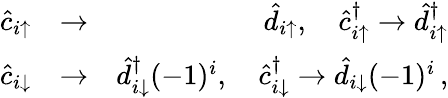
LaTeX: \begin{array}{rlr}{\hat{c}_{i\uparrow}}&{\rightarrow}&{\hat{d}_{i\uparrow},\quad\hat{c}_{i\uparrow}^{\dagger}\rightarrow\hat{d}_{i\uparrow}^{\dagger}}\\ {\hat{c}_{i\downarrow}}&{\rightarrow}&{\hat{d}_{i\downarrow}^{\dagger}(-1)^{i},\quad\hat{c}_{i\downarrow}^{\dagger}\rightarrow\hat{d}_{i\downarrow}(-1)^{i}\, ,}\end{array}